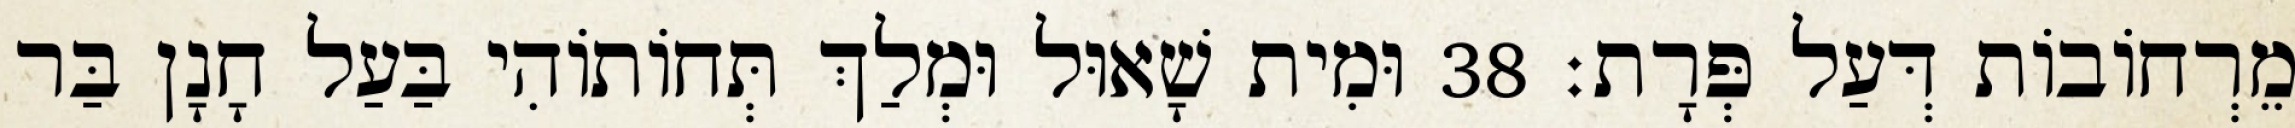
מֵרְחוֹבוֹת דְּעַל פְּרָת׃ 38 וּמִית שָׁאוּל וּמְלַךְ תְּחוֹתוֹהִי בַּעַל חָנָן בַּר